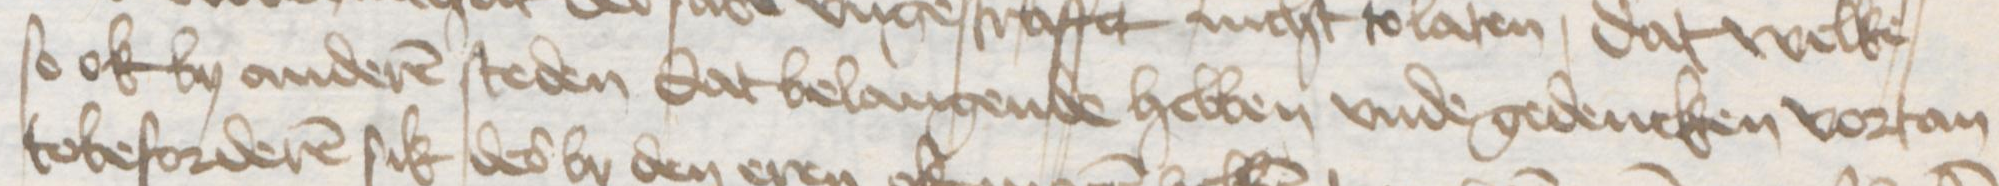
Transcription: so ok by anderen steden dat belangende hebben vnde gedencken vortan